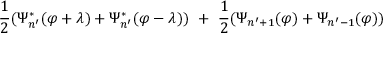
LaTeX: { \frac { 1 } { 2 } } ( \Psi _ { n ^ { \prime } } ^ { * } ( \varphi + \lambda ) + \Psi _ { n ^ { \prime } } ^ { * } ( \varphi - \lambda ) ) \ + \ { \frac { 1 } { 2 } } ( \Psi _ { n ^ { \prime } + 1 } ( \varphi ) + \Psi _ { n ^ { \prime } - 1 } ( \varphi ) )